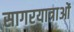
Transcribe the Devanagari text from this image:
सागरयात्राओं